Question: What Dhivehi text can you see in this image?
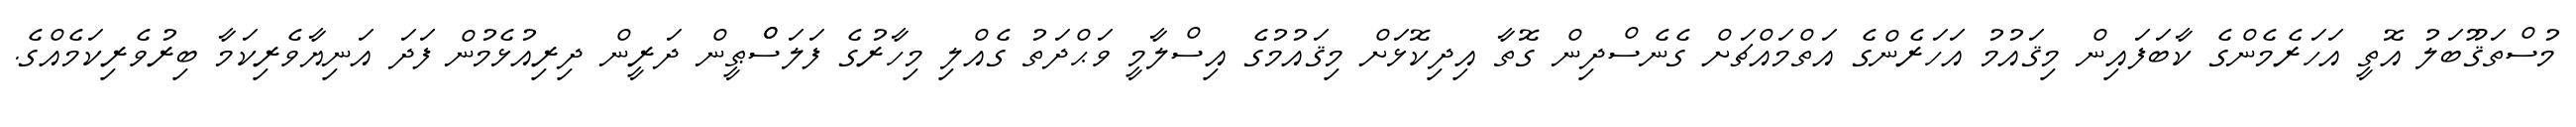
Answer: މުސްތަޤޫބަލު އޮތީ އަހަރެމެންގެ ކާބަފައިން މިޤައުމު އަހަރެންގެ އަތްމައްޗަށް ގެނެސްދިން ގޮތާ އިދިކޮޅަށް މިޤައުމުގެ އިސްލާމީ ވަޙްދަތު ގެއްލި މިހާރުގެ ފަލަސްްޠީން ދަރީން ދިރިއުޅެމުން ފަދަ އަނިޔާވެރިކަމާ ބިރުވެރިކަމެއްގެ.